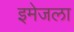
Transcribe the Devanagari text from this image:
इमेजला